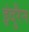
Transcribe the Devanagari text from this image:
इंदुरैन